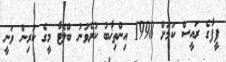
ފީފާގެ ރައީސް ކަމަށް 1998 އިންތިޚާބު ކުރެވުނު ބްލެޓާ މީގެ ކުރިން ވަނީ